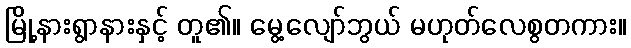
မြို့နားရွာနားနှင့် တူ၏။ မွေ့လျော်ဘွယ် မဟုတ်လေစွတကား။